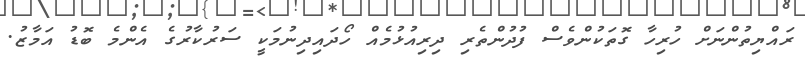
ރައްޔިތުންނަށް ހުރިހާ ގޮތަކުންވެސް ފުދުންތެރި ދިރިއުޅުމެއް ހޯދައިދިނުމަކީ ސަރުކާރުގެ އެންމެ ބޮޑު އަމާޒު.